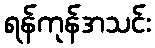
ရန်ကုန်အသင်း